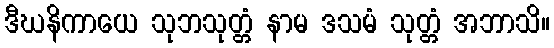
ဒီဃနိကာယေ သုဘသုတ္တံ နာမ ဒသမံ သုတ္တံ အဘာသိ။